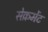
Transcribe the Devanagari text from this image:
सेक्रमेंट